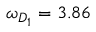
\omega _ { D _ { 1 } } = 3 . 8 6